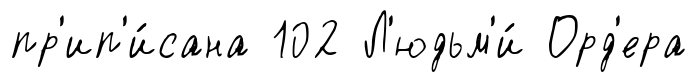
пр'ип'и́сана 102 Л'юдьм'и́ Орд'ера